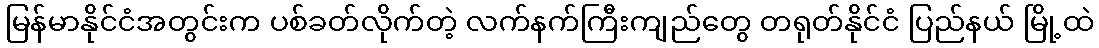
မြန်မာနိုင်ငံအတွင်းက ပစ်ခတ်လိုက်တဲ့ လက်နက်ကြီးကျည်တွေ တရုတ်နိုင်ငံ ပြည်နယ် မြို့ထဲ